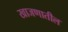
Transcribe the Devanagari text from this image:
खाजणातील